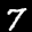
Label: 7